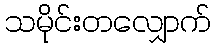
သမိုင်းတလျှောက်